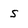
Character: S